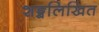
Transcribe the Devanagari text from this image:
शङ्खलिखित